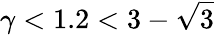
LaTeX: \gamma<1.2<3-\sqrt{3}